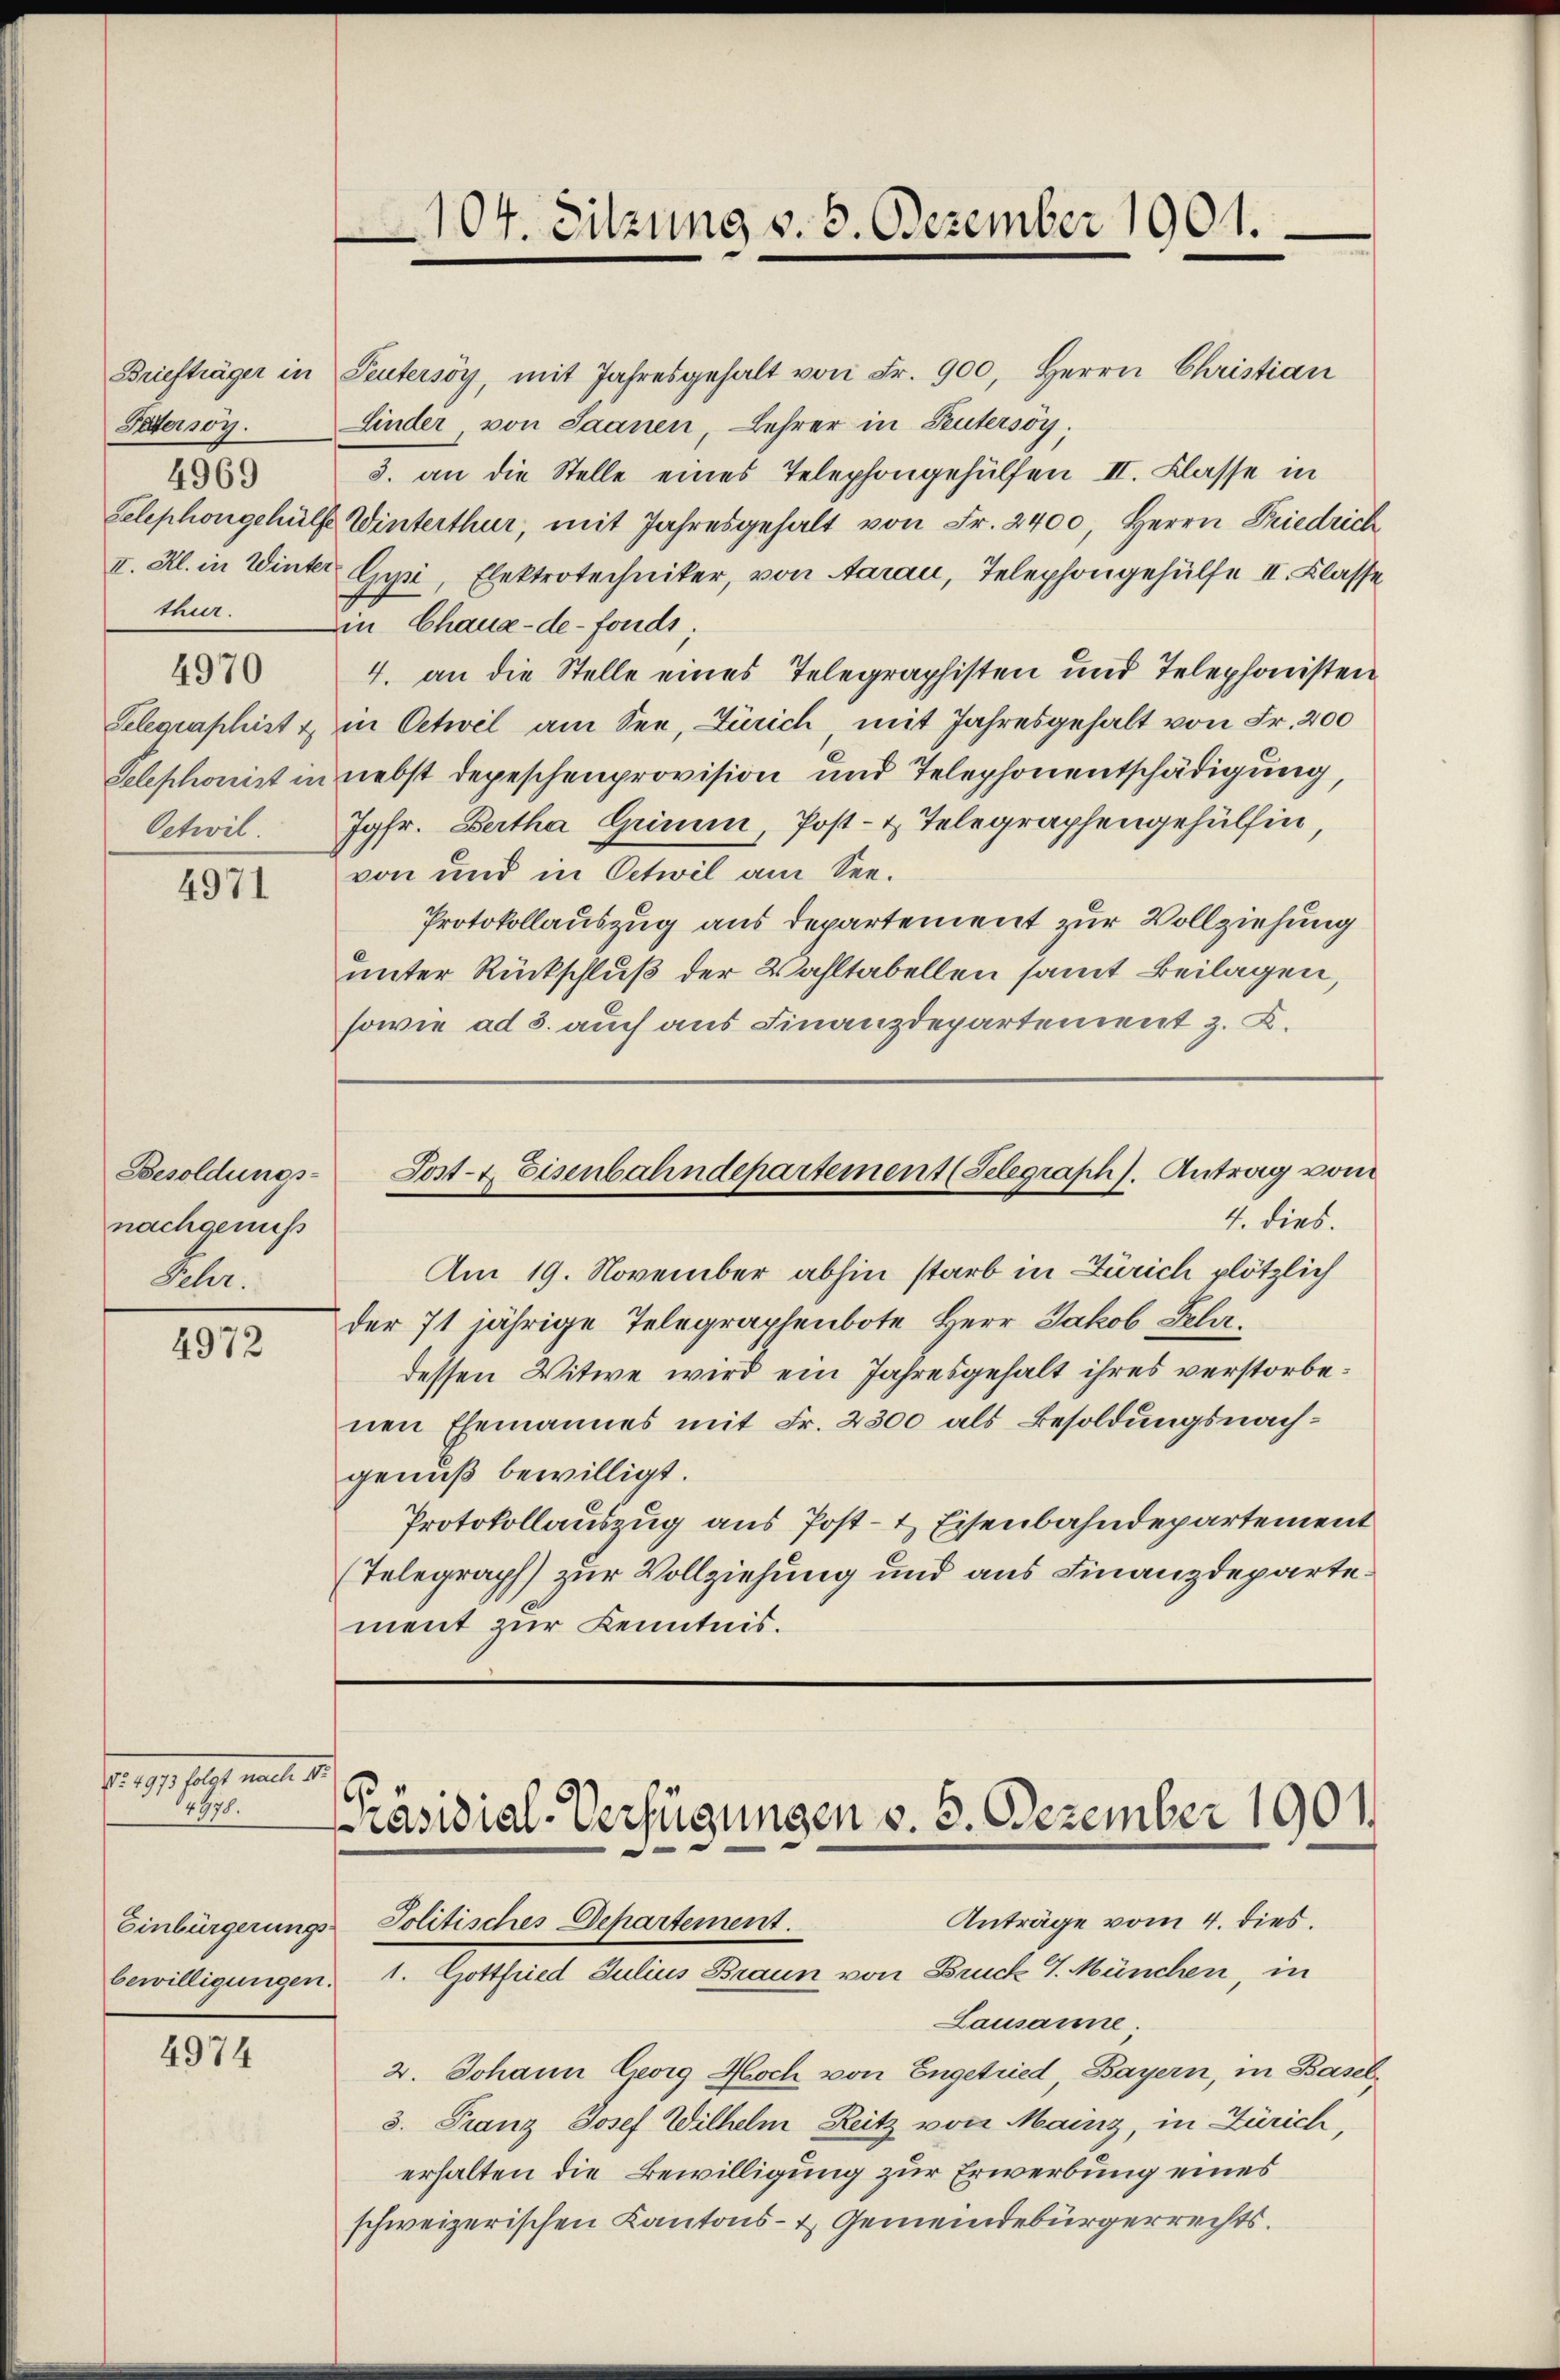
Peter sog.
4969
thur.

4970

Oetwil

4971

Besoldungs-
nachgenuß
Sehr

4972

Frage des mit 1.
h

4974

Briefträger in Peutersoy, mit Jahresgehalt von Fr. 900, Herrn Christian
Linder, von Saanen, Lehrer in Pentersöy;
3. an die Stelle eines Telephongehülfen II. Klasse in
Telephongehülfe Winterthur, mit Jahresgehalt von Fr. 2400, Herrn Friedrich
I. Al. in Winter Gysi, Elektrotechniker, von Aarau, Telephongehülfe II. Klasse
Ein Chaux-de-Fonds;
4. an die Stelle eines Telegraphisten und Telephonisten
Gelegraphist & in Oetwel am See, Zürich mit Jahresgehalt von Fr. 200
Telephonist in nebst depeschenprovision und Telephonentschädigung,
Jgfr. Bertha Grimum, Post- & Telegraphengehülfen,
von und in Oetwil am See¬
Protokollauszug aus Departement zur Vollziehung
unter Rückschluß der Wahltabellen samt Beilagen,
sowie ad 3. auch aus Finanzdepartement z. B.

Am 19. November abhin starb in Zürich plötzlich
der 71 jährige Telegraphenbote Herr Jakob Lehrdessen Witwe wird ein Jahresgehalt ihres verstorbenen Ehemannes mit Fr. 2300 als Besoldungsnachgenuß bewilligt.
Protokollauszug aus Post- & Eisenbahndepartement
Telegraph) zur Vollziehung und aus Finanzdepartement zur Kenntnis.

bewilligungen.

104. Sitzung v. 5. Dezember 1901.

Sost- & Eisenbahndepartement (Telegraph). Antrag vom
4. dies.

¬
Präsidial-Verfügungen v. 5. Dezember 1901.
Anträge vom 4. dies.
Einbürgerungs-Politisches Departement.

1. Gottfried Julius Braun von Druck 1. München in

Lausanne.
2. Johann Georg Aoch von Engetried, Bayern, in Base
3. Franz Josef Wilhelm Reitz von Mainz, in Zürich,
erhalten die Bewilligung zur Erwerbung eines
schweizerischen Kantons- & Gemeindebürgerrechts.

c